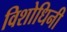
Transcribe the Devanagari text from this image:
विशोधिनी